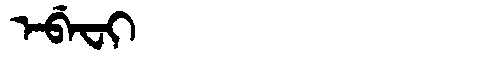
Manchu: ᡝᠪᡝᠸᡳ
Romanization: EBEFI